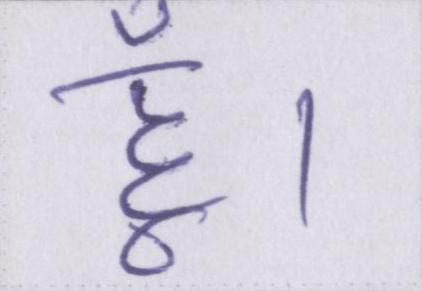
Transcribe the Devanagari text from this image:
हूँ।